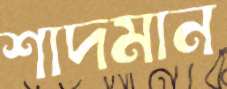
শাদমান